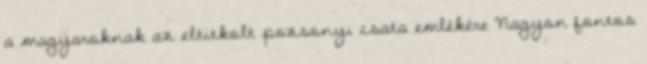
a magyaroknak az eltitkolt pozsonyi csata emlékére Nagyon fontos